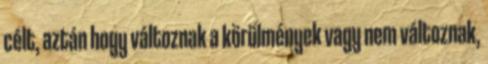
célt, aztán hogy változnak a körülmények vagy nem változnak,